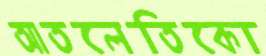
আতলেতিকো